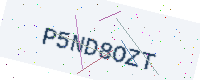
Text: P5ND8OZT